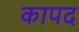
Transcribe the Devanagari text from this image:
कापद